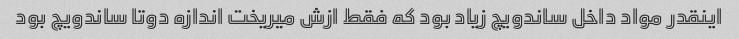
اینقدر مواد داخل ساندویچ زیاد بود که فقط ازش میریخت اندازه دوتا ساندویچ بود